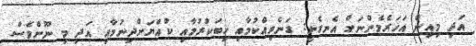
އަދި މިއިން އަހަރެމެންނަށް އެނގެނީ: ގަނެވިއްކުމާއި ހިބަކުރުމާއި ކުއްޔަށްދިނުމާއި އަދި މި ނޫންވެސް